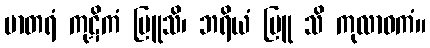
မာတရံ ကုဋိကံ ဗြူသိ၊ ဘရိယံ ဗြူ သိ ကုလာဝကံ။